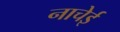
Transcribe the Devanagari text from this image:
नाचेई